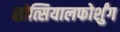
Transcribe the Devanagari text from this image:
सोत्सियालफोर्शुंग